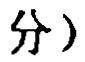
分）